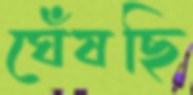
ঘেঁষছি